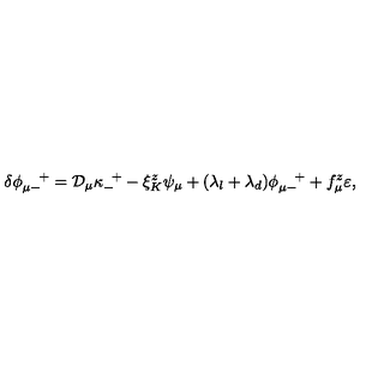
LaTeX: \delta \phi _ { \mu - } ^ { \quad + } = { \cal D } _ { \mu } \kappa _ { - } ^ { \enskip + } - \xi _ { K } ^ { z } \psi _ { \mu } + ( \lambda _ { l } + \lambda _ { d } ) \phi _ { \mu - } ^ { \quad + } + f _ { \mu } ^ { z } \varepsilon ,